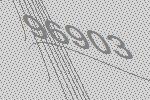
96903